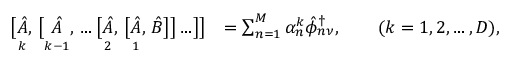
\begin{array} { r l } { \bigl [ \underset { \vphantom { \bigl [ } k } { \hat { A } } , \, \bigl [ \underset { \vphantom { \bigl [ } k - 1 } { \hat { A } } , \, \ldots \bigl [ \underset { \vphantom { \bigl [ } 2 } { \hat { A } } , \, \bigl [ \underset { \vphantom { \bigl [ } 1 } { \hat { A } } , \, \hat { B } \bigr ] \bigr ] \ldots \bigr ] \bigr ] } & { = \sum _ { n = 1 } ^ { M } \alpha _ { n } ^ { k } \hat { \phi } _ { n \nu } ^ { \dagger } , \qquad ( k = 1 , 2 , \ldots , D ) , } \end{array}